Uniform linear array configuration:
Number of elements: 16
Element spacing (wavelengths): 0.5
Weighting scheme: binomial
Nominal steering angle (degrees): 15
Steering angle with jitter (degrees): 15.179
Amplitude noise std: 0.05
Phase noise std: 0.05

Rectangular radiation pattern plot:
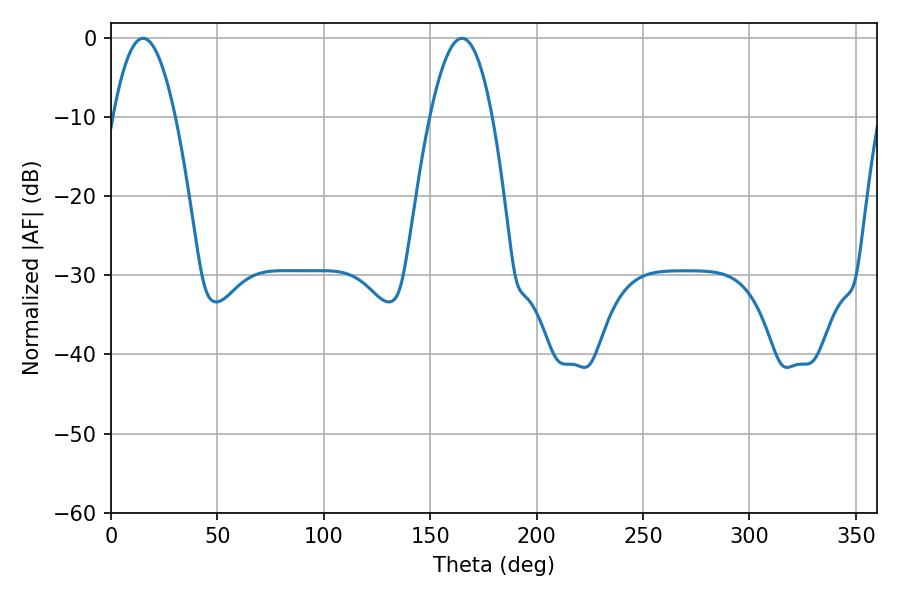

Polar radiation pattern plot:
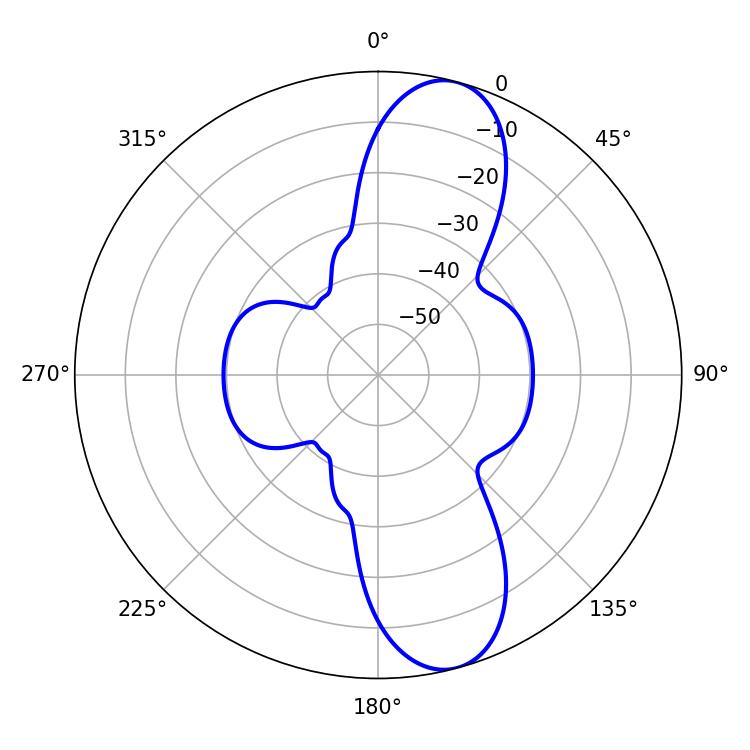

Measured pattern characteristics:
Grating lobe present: FALSE
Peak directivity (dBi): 11.012
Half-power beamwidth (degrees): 16.02
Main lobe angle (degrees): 15.12